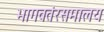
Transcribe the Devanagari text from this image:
भागवतंरसमालय